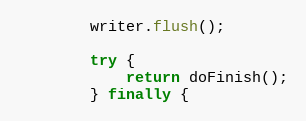
Language: Java
        writer.flush();

        try {
            return doFinish();
        } finally {